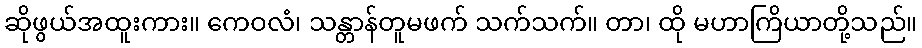
ဆိုဖွယ်အထူးကား။ ကေဝလံ၊ သန္တာန်တူမဖက် သက်သက်။ တာ၊ ထို မဟာကြိယာတို့သည်။